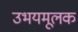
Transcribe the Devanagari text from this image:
उभयमूलक